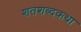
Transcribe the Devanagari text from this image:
शतशब्दकथा